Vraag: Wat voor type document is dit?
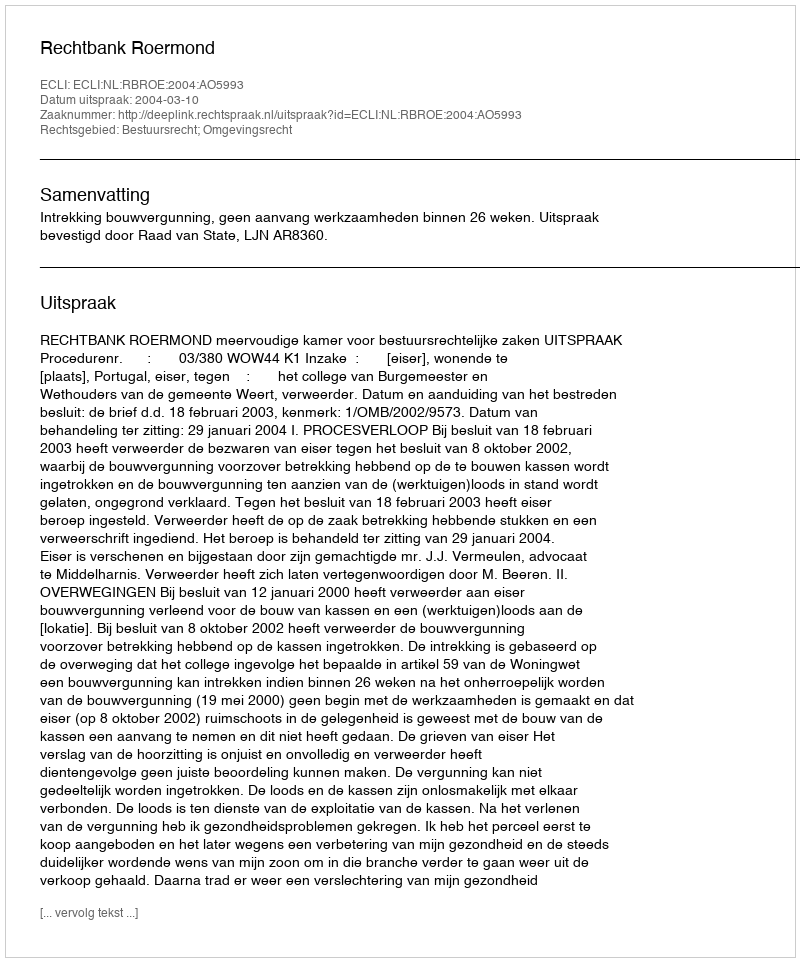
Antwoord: Uitspraak